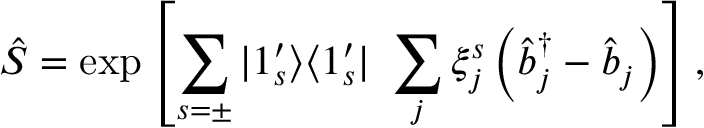
\hat { S } = \exp \left[ \sum _ { s = \pm } | 1 _ { s } ^ { \prime } \rangle \langle 1 _ { s } ^ { \prime } | \ \sum _ { j } \xi _ { j } ^ { s } \left( \hat { b } _ { j } ^ { \dagger } - \hat { b } _ { j } \right) \right] ,